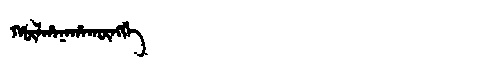
Manchu: ᡥᡡᠯᡥᠠᠨᠠᡥᠠᡴᡡᠩᡤᡝ
Romanization: HŪLHANAHAKŪNGGE